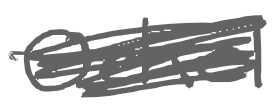
Text: Ockel
Cross-out: scratch
Writing tool: digital_gray